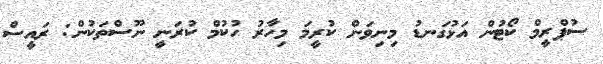
ސުޕްރީމް ކޯޓުން އަޅުގަނޑު މިނިވަން ކުރީމަ މިހާރު ހުކުމް ކުުރަނީ ނޫސްތަކުން: ރައީސް